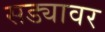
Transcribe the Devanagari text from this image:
सड्यावर